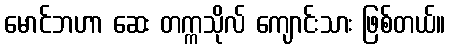
မောင်ဘဟာ ဆေး တက္ကသိုလ် ကျောင်းသား ဖြစ်တယ်။